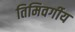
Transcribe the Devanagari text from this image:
तिमिवर्गीय